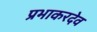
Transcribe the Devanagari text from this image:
प्रभाकरदेव